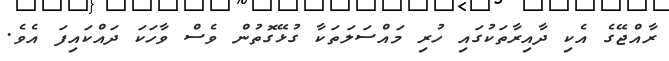
ރާއްޖޭގެ އެކި ދާއިރާތަކުގައި ހުރި މައްސަލަތަކާ ގުޅޭގޮތުން ވެސް ވާހަކަ ދައްކައިފަ އެވެ.